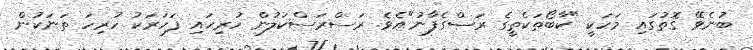
ބުނެވޭ ގޮތުގައި މަހަކީ "ކާބޯތަކެތީގެ ރަސްގެފާނު"އެވެ. ރަސްރަސްކަލުން ހުރިހައި ފަހަރަކު ހުރިހަ ތަނަކުން